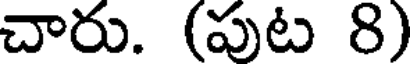
చారు. (పుట 8)